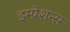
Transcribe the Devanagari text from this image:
इम्प्रेशन्स